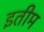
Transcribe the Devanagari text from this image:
इतीम